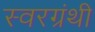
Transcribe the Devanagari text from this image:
स्वरग्रंथी